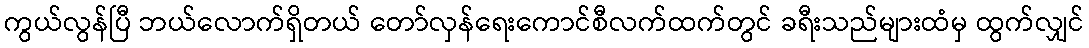
ကွယ်လွန်ပြီ ဘယ်လောက်ရှိတယ် တော်လှန်ရေးကောင်စီလက်ထက်တွင် ခရီးသည်များထံမှ ထွက်လျှင်